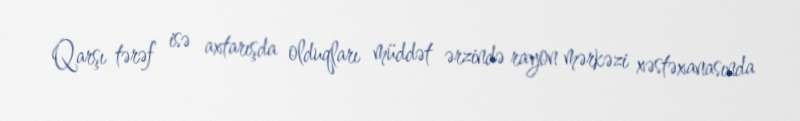
Qarşı tərəf isə axtarışda olduqları müddət ərzində rayon mərkəzi xəstəxanasında